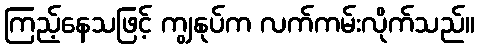
ကြည့်နေသဖြင့် ကျွနုပ်က လက်ကမ်းလိုက်သည်။